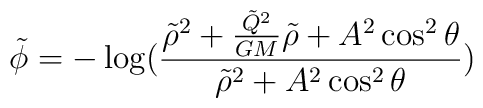
\tilde \phi = - \log\bigl(\frac{\tilde \rho^2 + \frac{\tilde Q^2}{GM}\tilde \rho + A^2 \cos^2 \theta}{\tilde \rho^2 + A^2 \cos^2 \theta}\bigr)